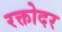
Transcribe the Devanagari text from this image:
रक्तोदर